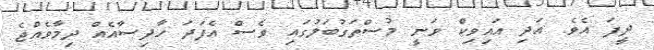
ދީފަ އެވެ. އަދި އައިވިކް ވަނީ މުސްތަގުބަލުގައި ވެސް އެފަދަ ހާދިސާއެއް ދިމާވެއްޖެ